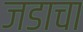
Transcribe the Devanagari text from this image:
जडाचा